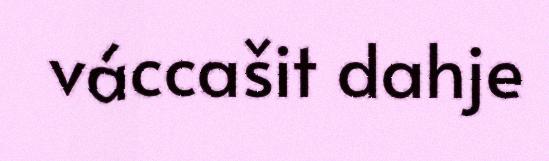
váccašit dahje